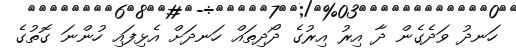
ހަނދު ވަދެގެން ދާ އިރު އިރުގެ ދޯދިތައް ހަނދަށް އެޅިފައި ހުންނަ ގޮތުގެ